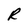
Character: R